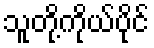
သူတို့ကိုယ်ပိုင်